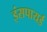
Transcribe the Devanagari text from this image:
इंसपायर्ड